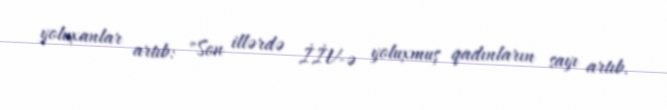
yoluxanlar artıb: "Son illərdə İİV-ə yoluxmuş qadınların sayı artıb.